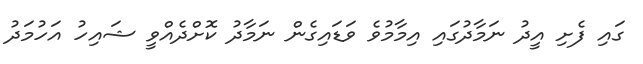
ގައި ފެށި އީދު ނަމާދުގައި އިމާމުވެ ވަޑައިގެން ނަމާދު ކޮށްދެއްވީ ޝައިހު އަހުމަދު